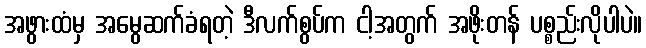
အဖွားထံမှ အမွေဆက်ခံရတဲ့ ဒီလက်စွပ်က ငါ့အတွက် အဖိုးတန် ပစ္စည်းလိုပါပဲ။